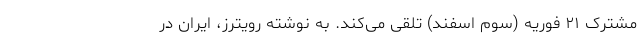
مشترک ۲۱ فوریه (سوم اسفند) تلقی می‌کند. به نوشته رویترز، ایران در